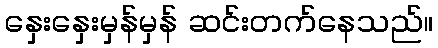
နှေးနှေးမှန်မှန် ဆင်းတက်နေသည်။